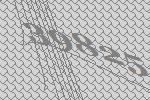
39825